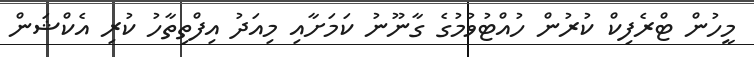
މީހުން ޓްރެފިކް ކުރުން ހުއްޓުވުމުގެ ގާނޫނު ކަމަށާއި މިއަދު އިފްތިތާހު ކުރި އެކްޝަން